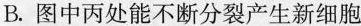
B.图中丙处能不断分裂产生新细胞